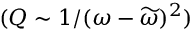
( Q \sim 1 / ( \omega - \widetilde { \omega } ) ^ { 2 } )